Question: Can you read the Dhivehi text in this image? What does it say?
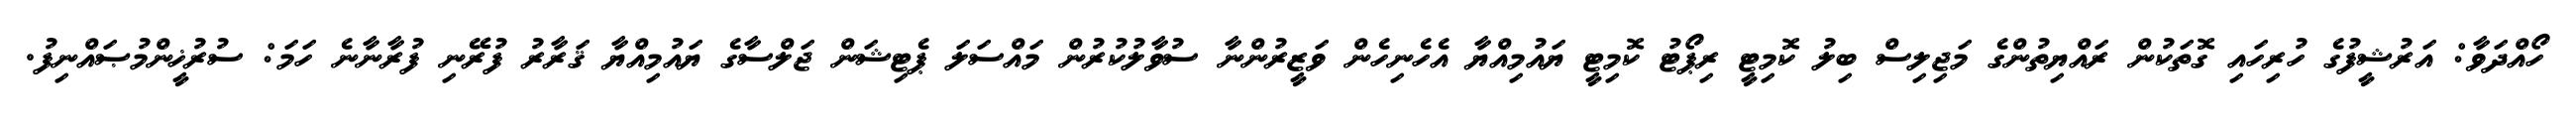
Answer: ހޯއްދަވާ: އަރުޝީފުގެ ހުރިހައި ގޮތަކުން ރައްޔިތުންގެ މަޖިލިސް ބިލު ކޮމިޓީ ރިޕޯޓު ކޮމިޓީ ޔައުމިއްޔާ އެހެނިހެން ވަޒީރުންނާ ސުވާލުކުރުން މައްސަލަ ޕެޓިޝަން ޖަލްސާގެ ޔައުމިއްޔާ ޤަރާރު ފުރޭނި ފުރާނާނެ ހަމަ: ސުރުޚީންމުޞައްނިފު.